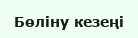
Бөліну кезеңі